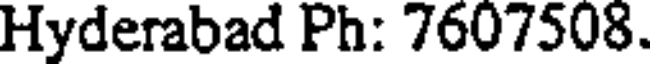
Hyderabad Ph: 7607508.